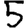
Digit: 5